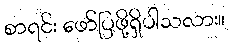
စာရင်း ဖော်ပြဖို့ရှိပါသလား။